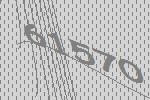
61570